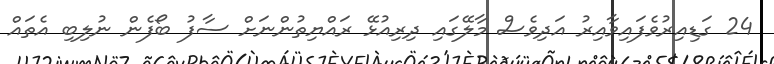
24 ގަޑިއިރުވެފައިވާއިރު އަދިވެސް މާލޭގައި ދިރިއުޅޭ ރައްޔިތުންނަށް ސާފު ބޯފެން ނުލިބި އެތައް